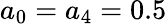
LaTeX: a_{0}=a_{4}=0.5